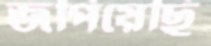
জপিয়েছি